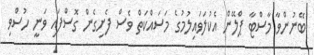
ބޭނުންވާ މާސްޓާ ޕްލޭން އެކުލަވައިލުމުގެ މަސައްކަތް ވެސް ފެށިގެން ގޮސްފައި ވަނީ ހުސްވި